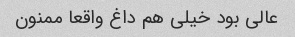
عالی بود خیلی هم داغ واقعا ممنون